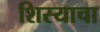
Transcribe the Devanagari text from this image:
शिस्याचा